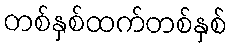
တစ်နှစ်ထက်တစ်နှစ်